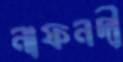
নাফনদী